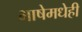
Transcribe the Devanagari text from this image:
भाषेमधेही